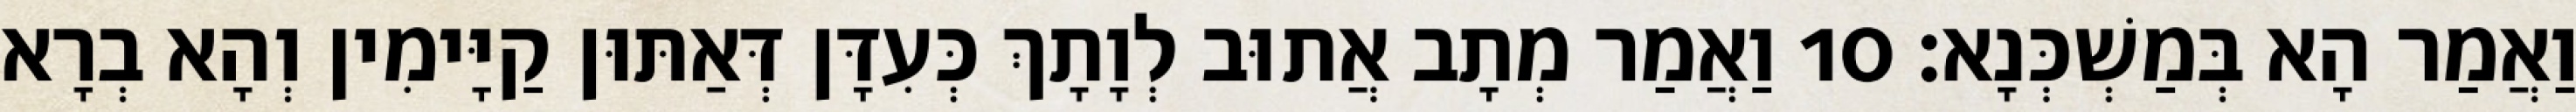
וַאֲמַר הָא בְּמַשְׁכְּנָא׃ 10 וַאֲמַר מְתָב אֲתוּב לְוָתָךְ כְּעִדָּן דְּאַתּוּן קַיָּימִין וְהָא בְרָא